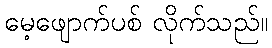
မေ့ဖျောက်ပစ် လိုက်သည်။